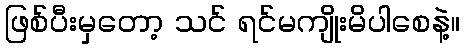
ဖြစ်ပီးမှတော့ သင် ရင်မကျိုးမိပါစေနဲ့။